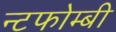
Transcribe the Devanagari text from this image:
न्टफोम्बी